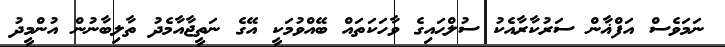
ނަމަވެސް އަފްޣާން ސަރުކާރާއެކު ސުލްޙައިގެ ވާހަކަތައް ބޭއްވުމަކީ އޭގެ ނަތީޖާއާމެދު ތާލިބާނުން އުންމީދު